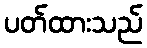
ပတ်ထားသည်